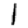
Digit: 1